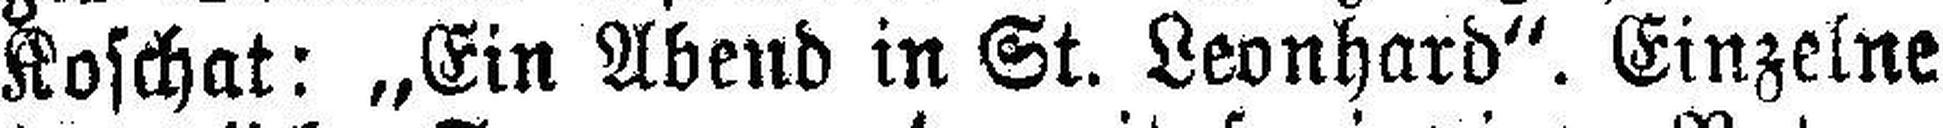
Koschat: „Ein Abend in St. Leonhard“. Einzelne